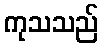
ကုသသည်